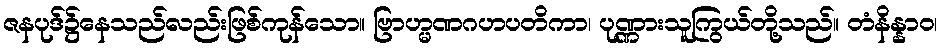
ဇနပုဒ်၌နေသည်လည်းဖြစ်ကုန်သော။ ဗြာဟ္မဏဂဟပတိကာ၊ ပုဏ္ဏားသူကြွယ်တို့သည်။ တံနိန္နာဝ၊